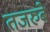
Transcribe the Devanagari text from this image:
तजरुबे